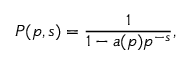
P ( p , s ) = { \frac { 1 } { 1 - a ( p ) p ^ { - s } } } ,